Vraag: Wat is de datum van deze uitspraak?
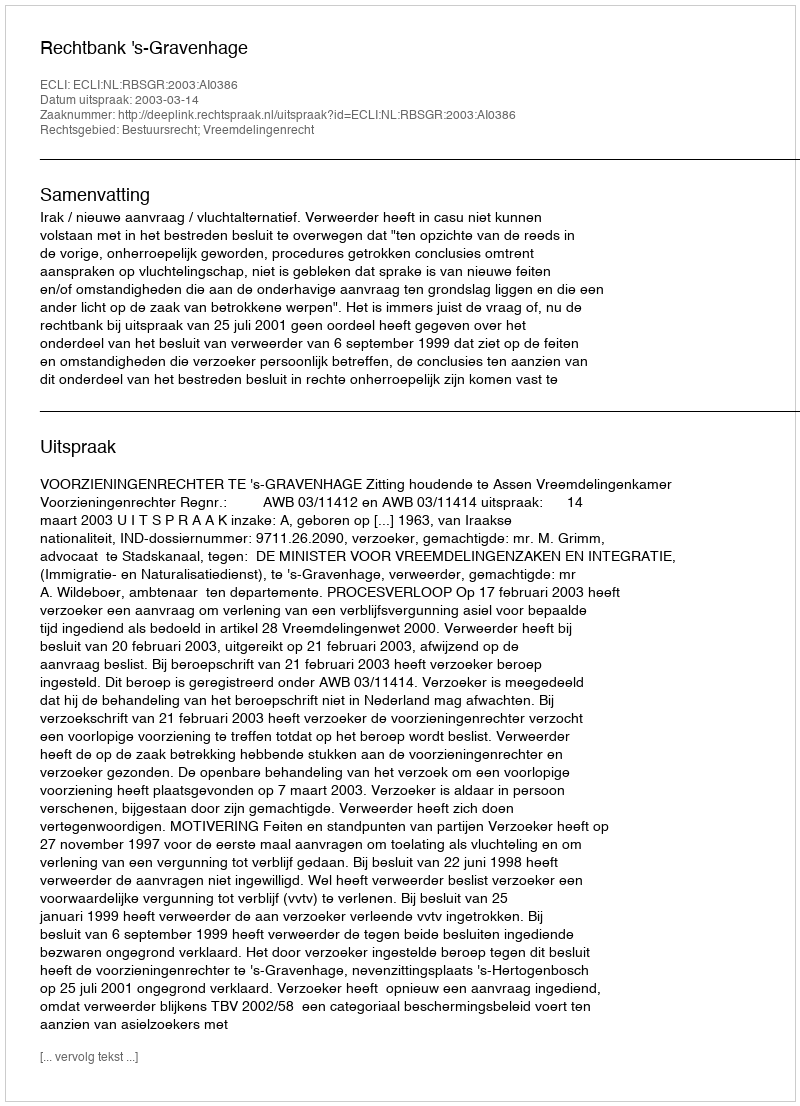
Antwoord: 2003-03-14